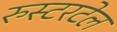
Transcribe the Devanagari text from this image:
रुस्टरटेल